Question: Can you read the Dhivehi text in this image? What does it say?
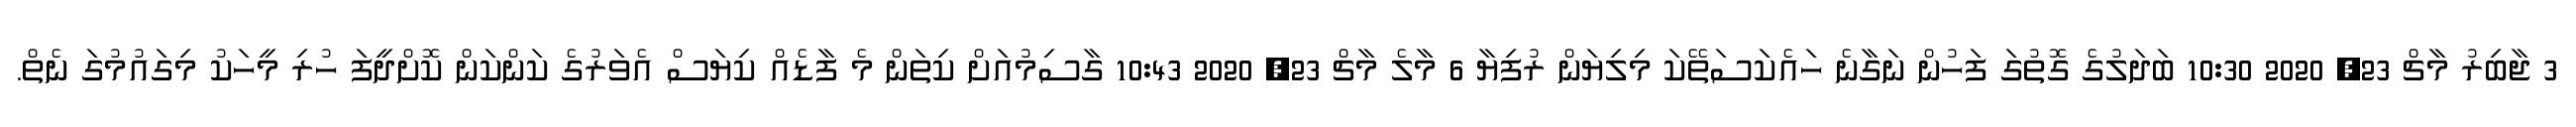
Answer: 3 ޖާބިރު މާޗް 23, 2020 10:30 ބަދަލުގެ ގޮތުގަ ފަހުން ނަގާނެ ހައެކަސަތޭކަ މިލިޔަން ރުފިޔާ 6 މާލެ މާޗް 23, 2020 10:43 ގާސިމުއަށް ކިތަން މެ ފާޑެއް ކިޔަސް އެވަރުގެ ކަންކަން ކޮށްދީފަ ހުރި މީހަކު މިގައުމުގަ ނެތް.